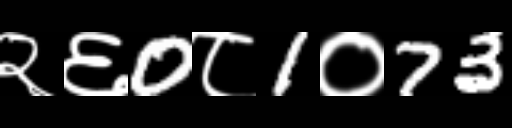
Text: २६0८1०73